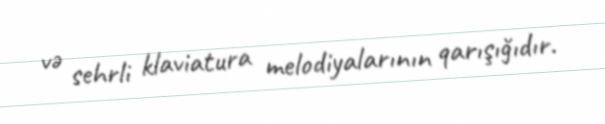
və sehrli klaviatura melodiyalarının qarışığıdır.